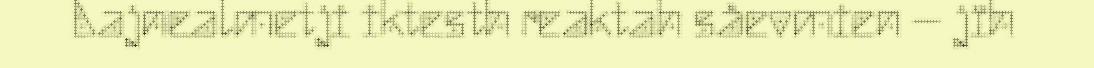
Aajnealmetji iktesth reaktah såevmien – jïh